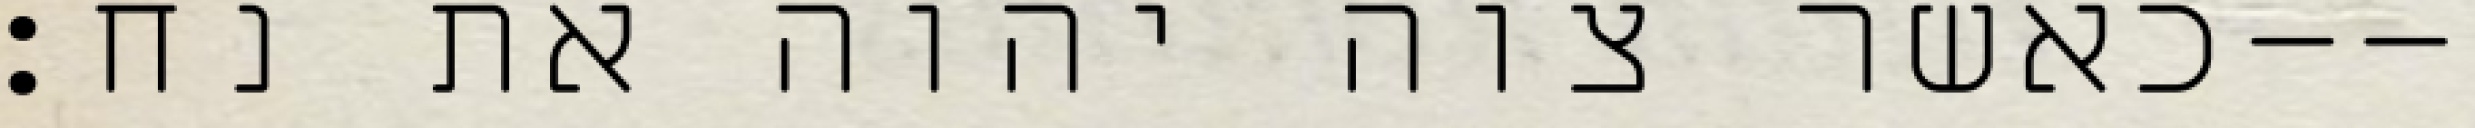
כאשר צוה יהוה את נח׃--